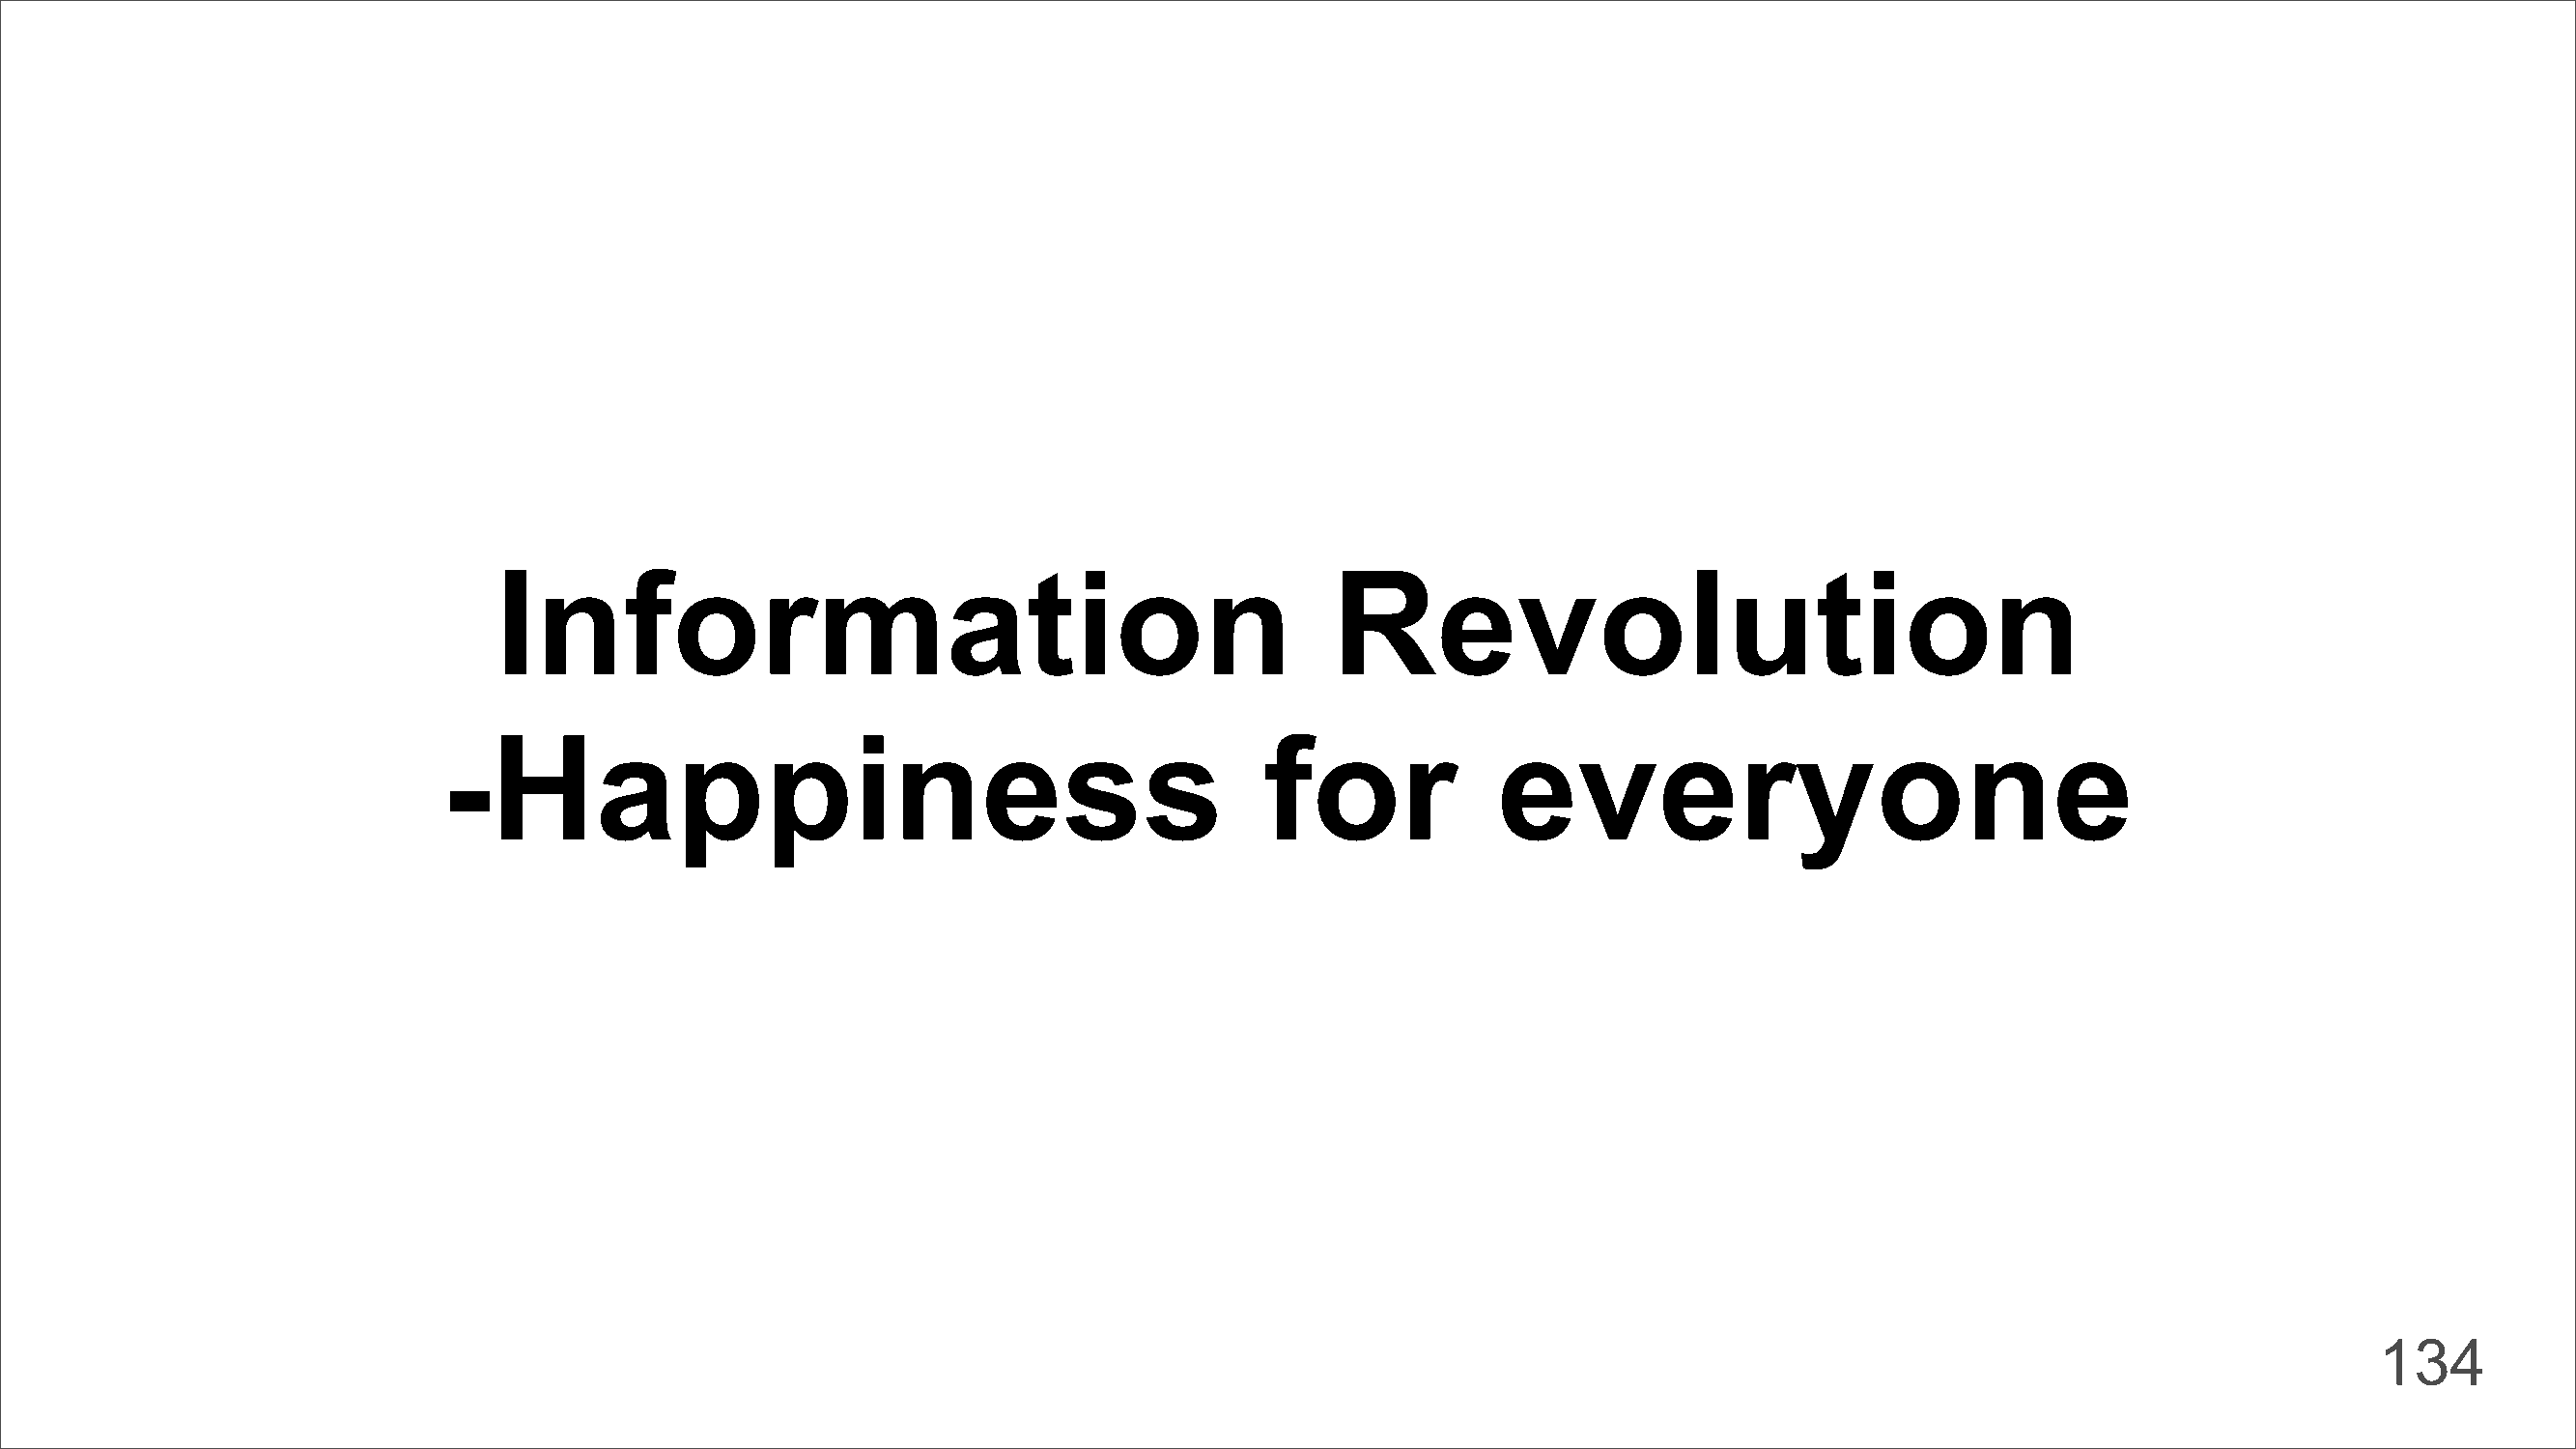
Information                                              Revolution
 -Happiness                                               for             everyone
 134